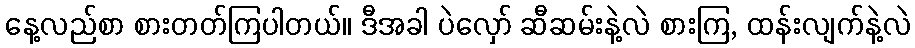
နေ့လည်စာ စားတတ်ကြပါတယ်။ ဒီအခါ ပဲလှော် ဆီဆမ်းနဲ့လဲ စားကြ, ထန်းလျက်နဲ့လဲ